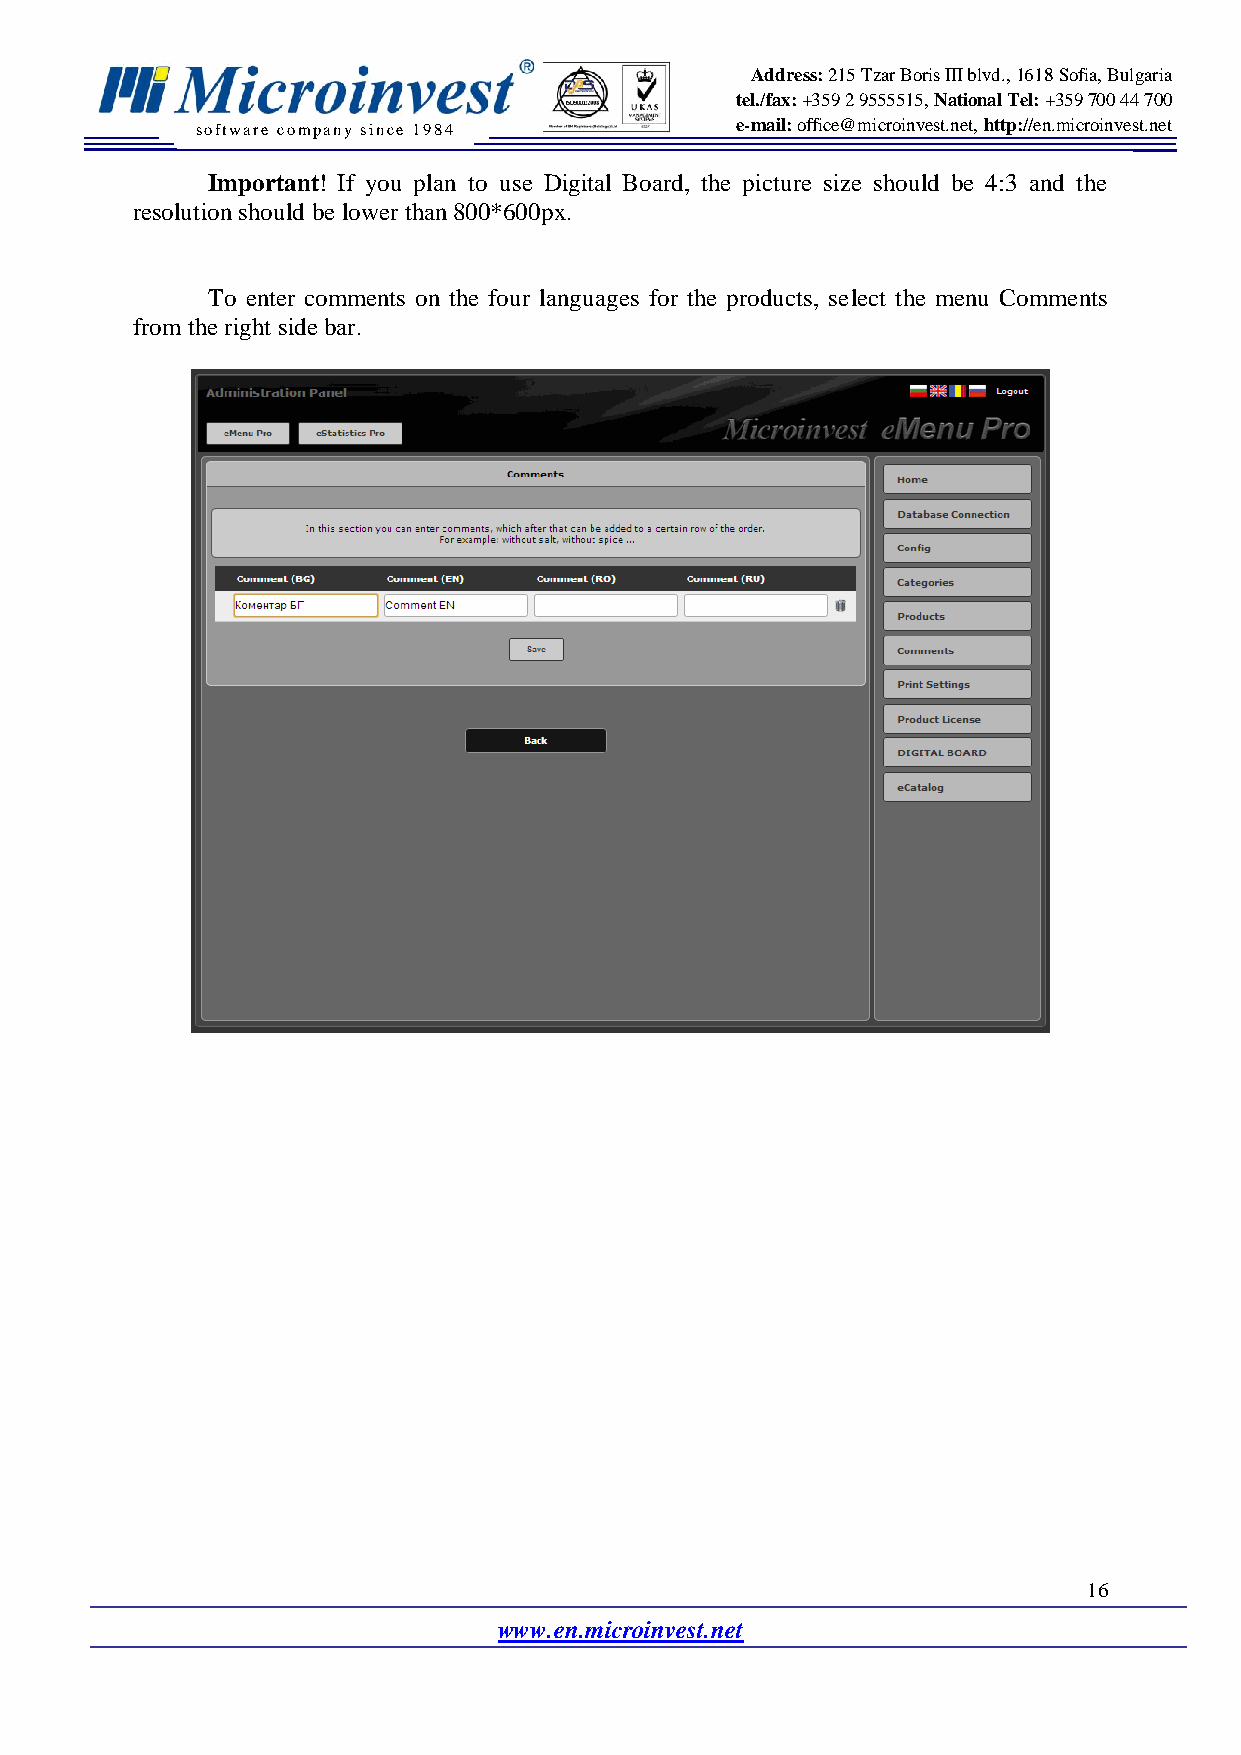
Address: 215 Tzar Boris III blvd., 1618 Sofia, Bulgaria
 tel./fax: +359 2 9555515, National Tel: +359 700 44 700
 software company since 19 84        e-mail: office@microinvest.net, http://en.microinvest.net
 Important! If you plan to use Digital Board, the picture size should be 4:3 and the
 resolution should be lower than 800*600px.
 To enter comments on the four languages for the products, select the menu Comments
 from the right side bar.
 16
 www.en.microinvest.net